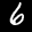
Label: 6